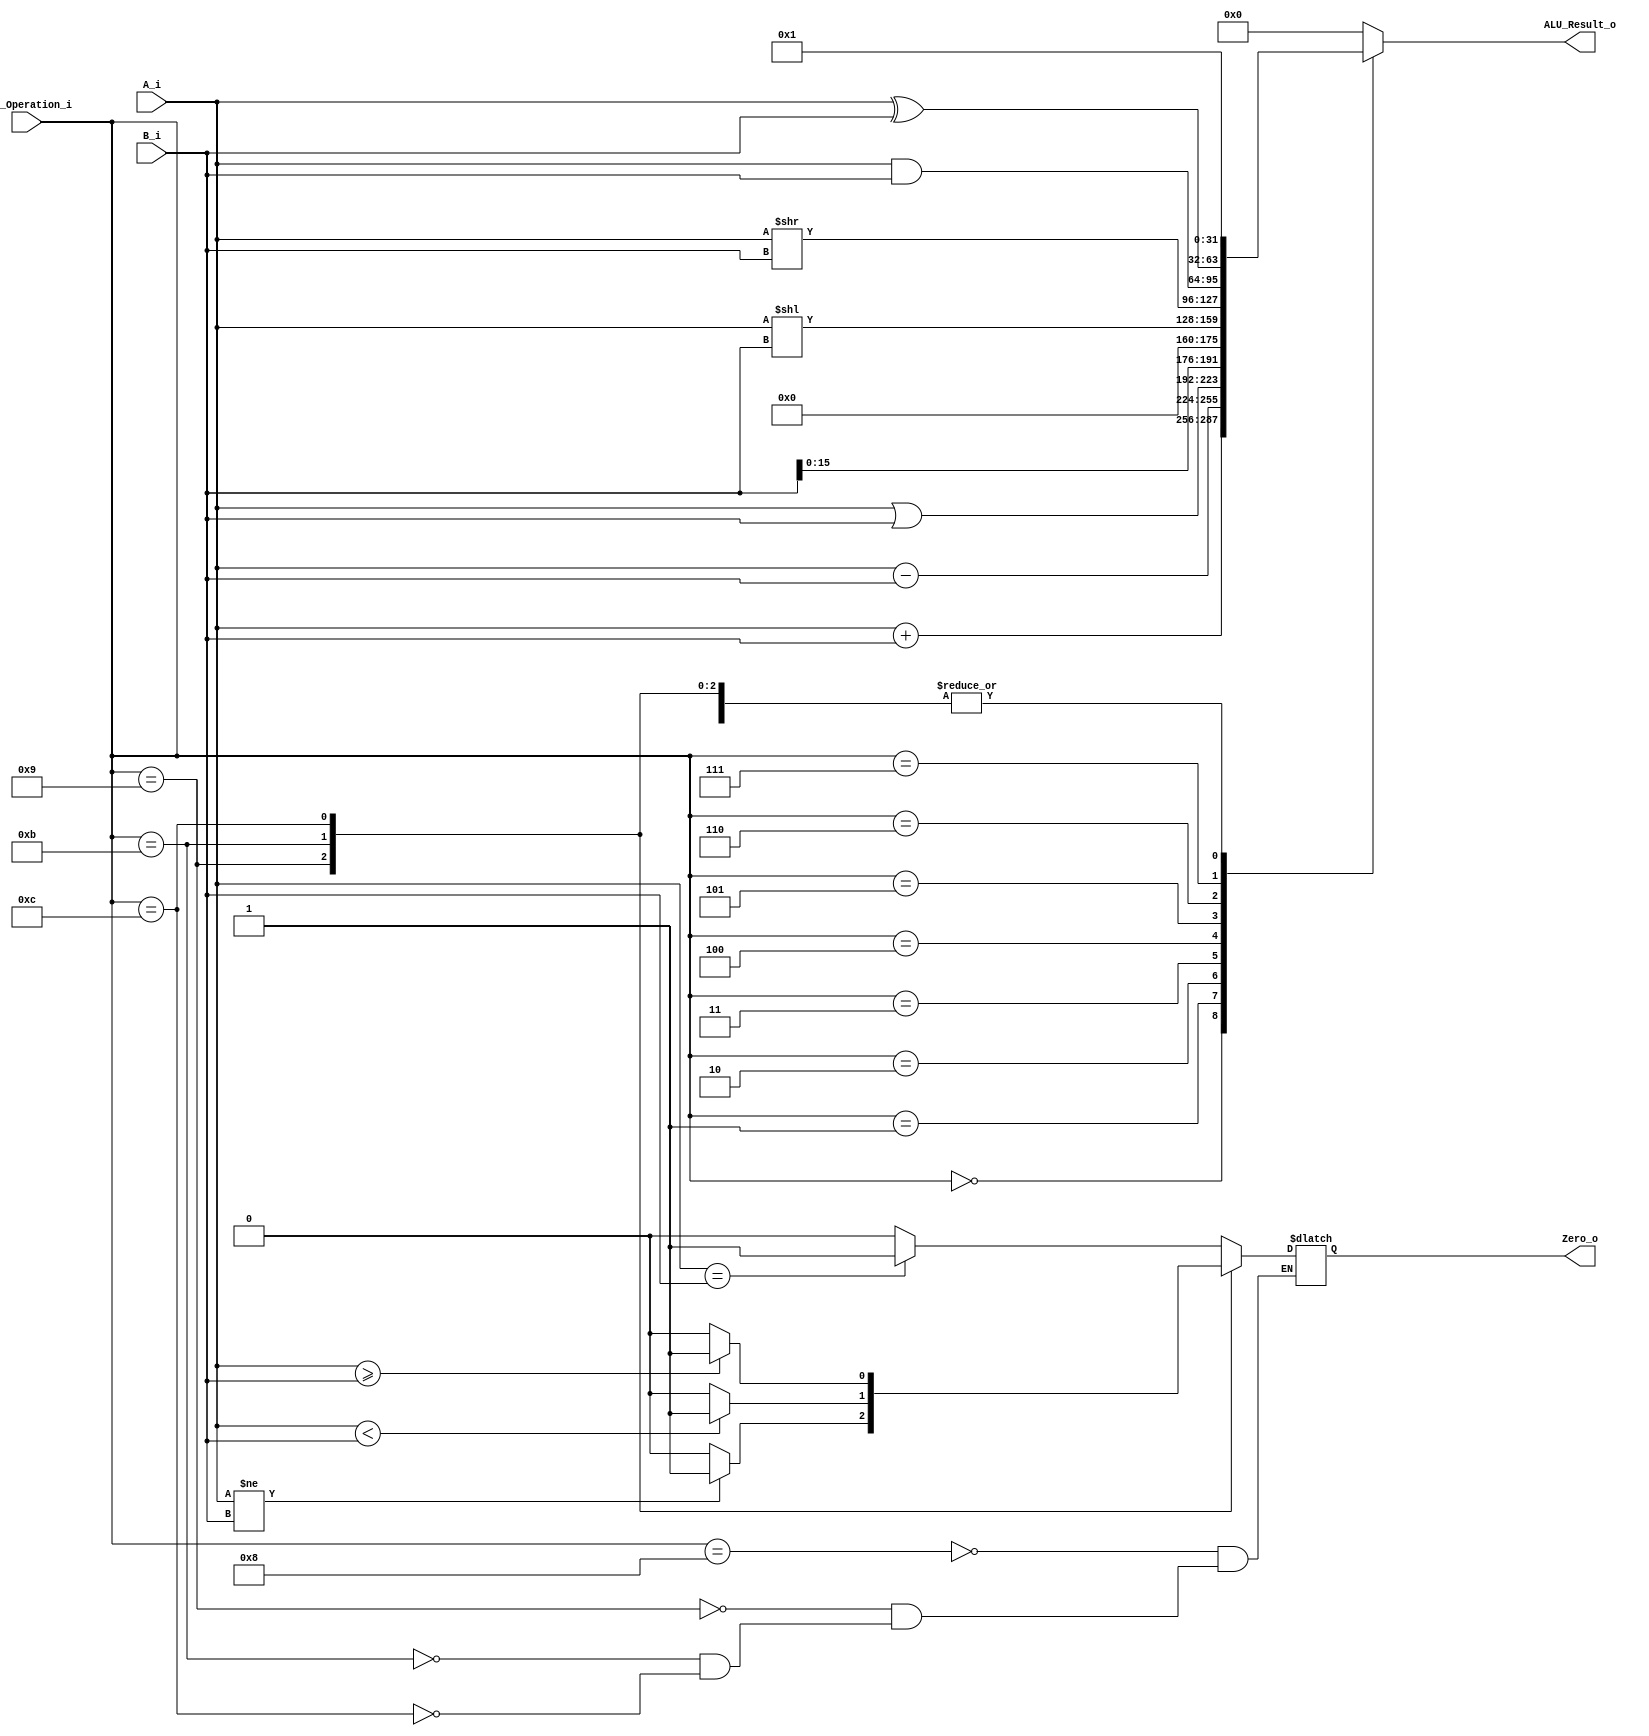
/******************************************************************
* Description
*	This is an 32-bit arithetic logic unit that can execute the next set of operations:
*		add

* This ALU is written by using behavioral description.
* Version:
*	1.0
* Author:
*	Dr. Jos Luis Pizano Escalante
* email:
*	luispizano@iteso.mx
* Date:
*	16/08/2021
******************************************************************/

module ALU 
(
	input [3:0] ALU_Operation_i,
	input signed [31:0] A_i,
	input signed [31:0] B_i,
	output reg Zero_o,
	output reg [31:0] ALU_Result_o
);

localparam add = 4'b00_00;
localparam sub = 4'b00_01;
localparam ori = 4'b00_10;
localparam lui = 4'b00_11;
localparam slli = 4'b01_00;
localparam srli = 4'b01_01;
localparam and_r = 4'b01_10;
localparam xor_r = 4'b01_11;
localparam beq = 4'b10_00;
localparam bne = 4'b10_01;
localparam blt = 4'b10_11;
localparam bge = 4'b11_00;
   
   always @ (A_i or B_i or ALU_Operation_i)
     begin
	   ALU_Result_o = 1;
		//Zero_o = (ALU_Result_o == 0) ? 1'b1 : 1'b0;
	  
		case (ALU_Operation_i)
		add:	ALU_Result_o = A_i + B_i;
		sub: ALU_Result_o = A_i - B_i;
		ori: ALU_Result_o = A_i | B_i;
		lui: ALU_Result_o = B_i << 16;
		slli: ALU_Result_o = A_i << B_i;
		srli: ALU_Result_o = A_i >> B_i;
		and_r: ALU_Result_o = A_i & B_i;
		xor_r: ALU_Result_o = A_i ^ B_i;
		beq: Zero_o = (A_i == B_i) ? 1'b1 : 1'b0;
		bne: Zero_o = (A_i != B_i) ? 1'b1 : 1'b0;
		blt: Zero_o = (A_i < B_i) ? 1'b1: 1'b0;
		bge: Zero_o = (A_i >= B_i) ? 1'b1: 1'b0;
		
		
		default:
			ALU_Result_o = 0;
		endcase // case(control)
		
		
     end // always @ (A or B or control)
endmodule // ALU